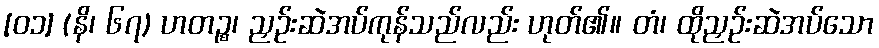
[၀၁] (နိ၊ ၆၇) ဟတဉ္စ၊ ညှဉ်းဆဲအပ်ကုန်သည်လည်း ဟုတ်၏။ တံ၊ ထိုညှဉ်းဆဲအပ်သော